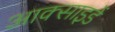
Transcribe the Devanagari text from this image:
आक्साइडें